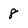
Character: 8